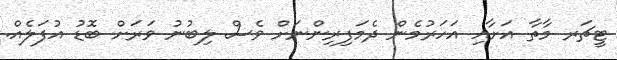
ޓީޗަރ މާތާ އަށާއި އަހަރުމެން ދެމަފިރިންނަށް ވެސް ލިބުނު ވަރަށް ބޮޑު އުފަލެއް.